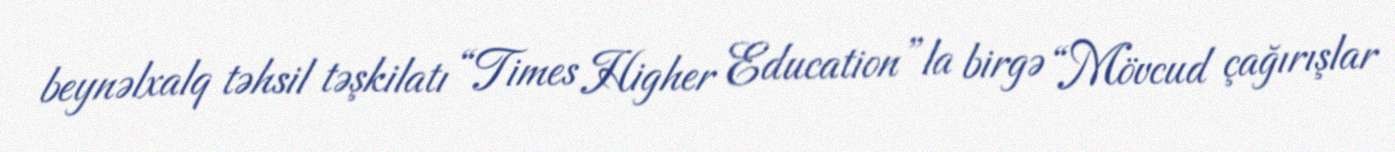
beynəlxalq təhsil təşkilatı “Times Higher Education”la birgə “Mövcud çağırışlar